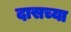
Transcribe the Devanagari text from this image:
दासच्या